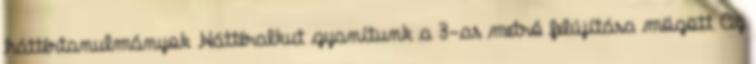
háttértanulmányok Háttéralkut gyanítunk a 3-as metró felújítása mögött Az